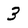
Character: 3